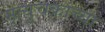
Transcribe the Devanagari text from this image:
मृत्युचक्राच्या